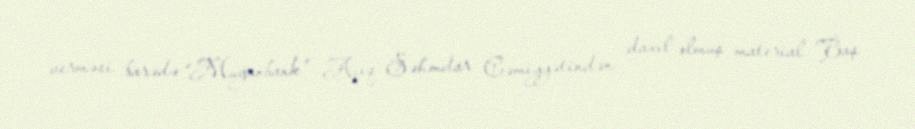
verməsi barədə “Muğanbank” Açıq Səhmdar Cəmiyyətindən daxil olmuş material Baş